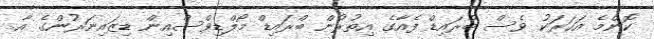
ކޮންމެ އަހަރަކު ވެސް ބްރައިޑް ފެއާގެ އިތުރުން ބްރައިޑް މޯލްޑިވްސްއިން ޑިޒައިނަރުންގެ އާ